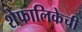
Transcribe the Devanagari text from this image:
शेफालिकेची